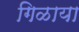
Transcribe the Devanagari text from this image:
गिळाया